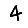
Digit: 4